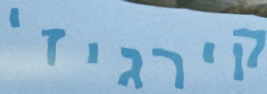
קירגיזי